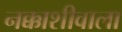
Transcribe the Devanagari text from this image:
नक्काशीवाला